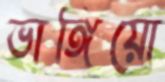
ভাঙ্গিয়ো